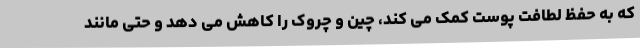
که به حفظ لطافت پوست کمک می کند، چین و چروک را کاهش می دهد و حتی مانند